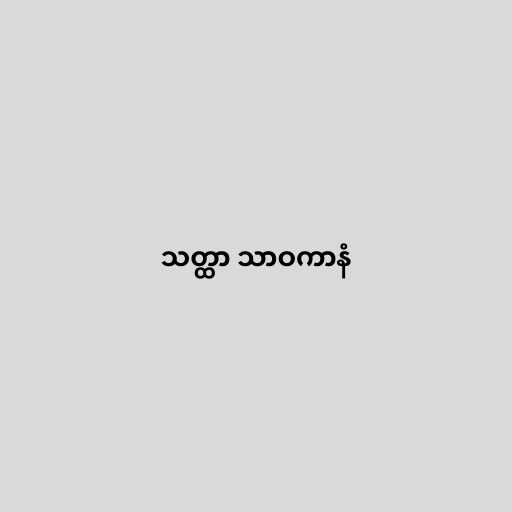
သတ္ထာ သာဝကာနံ